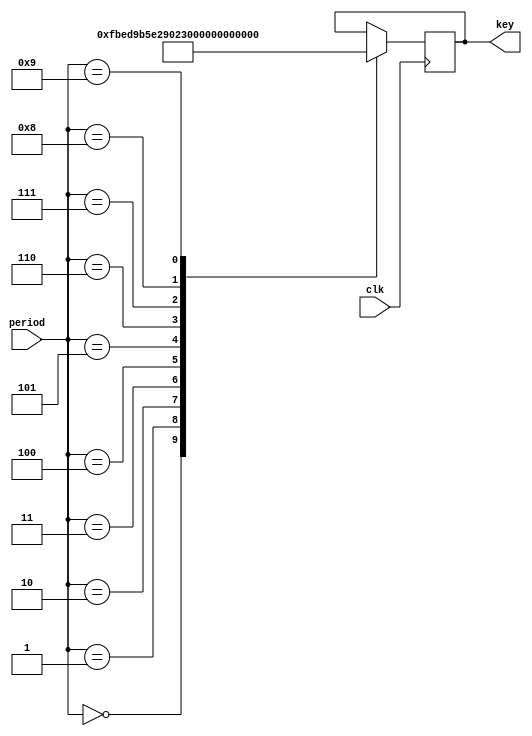
module odo_get_round_key2(clk, period, key);
    input clk;
    input [3:0] period;
    output [9:0] key;
    reg [9:0] key;
    always @(posedge clk) begin
    case (period)
        4'h0: key <= 10'h3ef;
        4'h1: key <= 10'h2d9;
        4'h2: key <= 10'h2d7;
        4'h3: key <= 10'h229;
        4'h4: key <= 10'h008;
        4'h5: key <= 10'h335;
        4'h6: key <= 10'h091;
        4'h7: key <= 10'h073;
        4'h8: key <= 10'h1ce;
        4'h9: key <= 10'h1c6;
    endcase
    end
endmodule